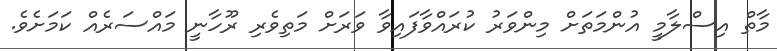
މާތް އިސްލާމީ އުންމަތަށް މިންވަރު ކުރައްވާފައިވާ ވަރަށް މަތިވެރި ރޫހާނީ މައްސަރެއް ކަމަށެވެ.